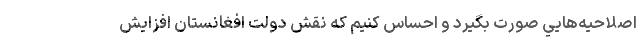
اصلاحيه‌هايي صورت بگيرد و احساس كنيم كه نقش دولت افغانستان افزايش